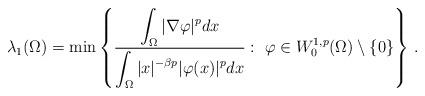
LaTeX: \begin{align*} \lambda_1 (\Omega ) = \min \left\{ \frac{ \displaystyle\int_{\Omega} | \nabla \varphi |^p dx }{ \displaystyle\int_{\Omega} |x|^{-\beta p } | \varphi (x) |^p dx }: \ \varphi \in W^{1,p}_0 ( \Omega )\setminus \{ 0\} \right\} \,.\end{align*}